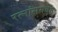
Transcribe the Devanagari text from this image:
रत्नांसमवेत